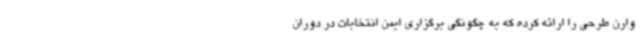
وارن طرحی را ارائه کرده که به چگونگی برگزاری ایمن انتخابات در دوران